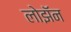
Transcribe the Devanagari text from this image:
लोझॅन